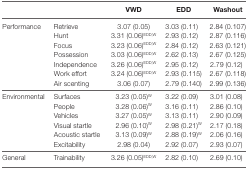
<table><thead><tr><td></td><td></td><td><b>VWD</b></td><td><b>EDD</b></td><td><b>Washout</b></td></tr></thead><tbody><tr><td>Performance</td><td>Retrieve</td><td>3.07 (0.05)</td><td>3.03 (0.11)</td><td>2.84 (0.107)</td></tr><tr><td></td><td>Hunt</td><td>3.31 (0.06)<sup>EDD,W</sup></td><td>2.93 (0.12)</td><td>2.87 (0.116)</td></tr><tr><td></td><td>Focus</td><td>3.23 (0.06)<sup>EDD,W</sup></td><td>2.84 (0.12)</td><td>2.63 (0.121)</td></tr><tr><td></td><td>Possession</td><td>3.03 (0.06)<sup>EDD,W</sup></td><td>2.62 (0.13)</td><td>2.67 (0.125)</td></tr><tr><td></td><td>Independence</td><td>3.26 (0.06)<sup>EDD,W</sup></td><td>2.95 (0.12)</td><td>2.79 (0.12)</td></tr><tr><td></td><td>Work effort</td><td>3.24 (0.06)<sup>EDD,W</sup></td><td>2.93 (0.115)</td><td>2.67 (0.118)</td></tr><tr><td></td><td>Air scenting</td><td>3.06 (0.07)</td><td>2.79 (0.140)</td><td>2.99 (0.136)</td></tr><tr><td>Environmental</td><td>Surfaces</td><td>3.23 (0.05)<sup>W</sup></td><td>3.22 (0.09)</td><td>3.01 (0.08)</td></tr><tr><td></td><td>People</td><td>3.28 (0.06)<sup>W</sup></td><td>3.16 (0.11)</td><td>2.86 (0.10)</td></tr><tr><td></td><td>Vehicles</td><td>3.27 (0.05)<sup>W</sup></td><td>3.13 (0.11)</td><td>2.90 (0.09)</td></tr><tr><td></td><td>Visual startle</td><td>2.96 (0.10)<sup>W</sup></td><td>2.98 (0.21)<sup>W</sup></td><td>2.17 (0.18)</td></tr><tr><td></td><td>Acoustic startle</td><td>3.13 (0.09)<sup>W</sup></td><td>2.88 (0.19)<sup>W</sup></td><td>2.06 (0.16)</td></tr><tr><td></td><td>Excitability</td><td>2.98 (0.04)</td><td>2.92 (0.07)</td><td>2.93 (0.07)</td></tr><tr><td>General</td><td>Trainability</td><td>3.26 (0.05)<sup>EDD,W</sup></td><td>2.82 (0.10)</td><td>2.69 (0.10)</td></tr></tbody></table>